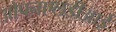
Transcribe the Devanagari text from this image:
ओपनएलडीआई